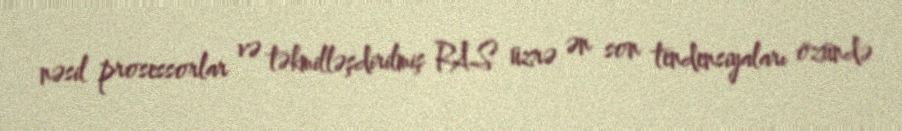
nəsil prosessorlar və təkmilləşdirilmiş RAS üzrə ən son tendensiyaları özündə